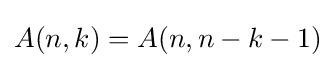
{\textstyle A(n,k)=A(n,n-k-1)}